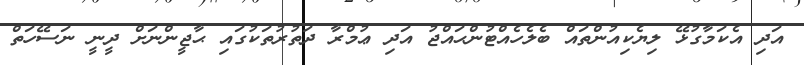
އަދި އެކަމާގުޅޭ ލިޔެކިއުންތައް ބެލެހެއްޓުންޙައްޖު އަދި ޢުމްރާ ދަތުރުތަކުގައި ޙާޖީންނަށް ދީނީ ނަސޭހަތް